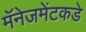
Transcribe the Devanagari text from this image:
मॅनेजमेंटकडे